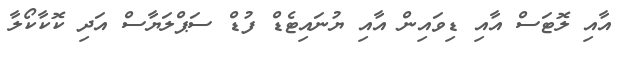
އާއި ލޮޓަސް އާއި ޑިވައިން އާއި ޔުނައިޓެޑް ފުޑް ސަޕްލަޔާސް އަދި ކޮކާކޯލާ